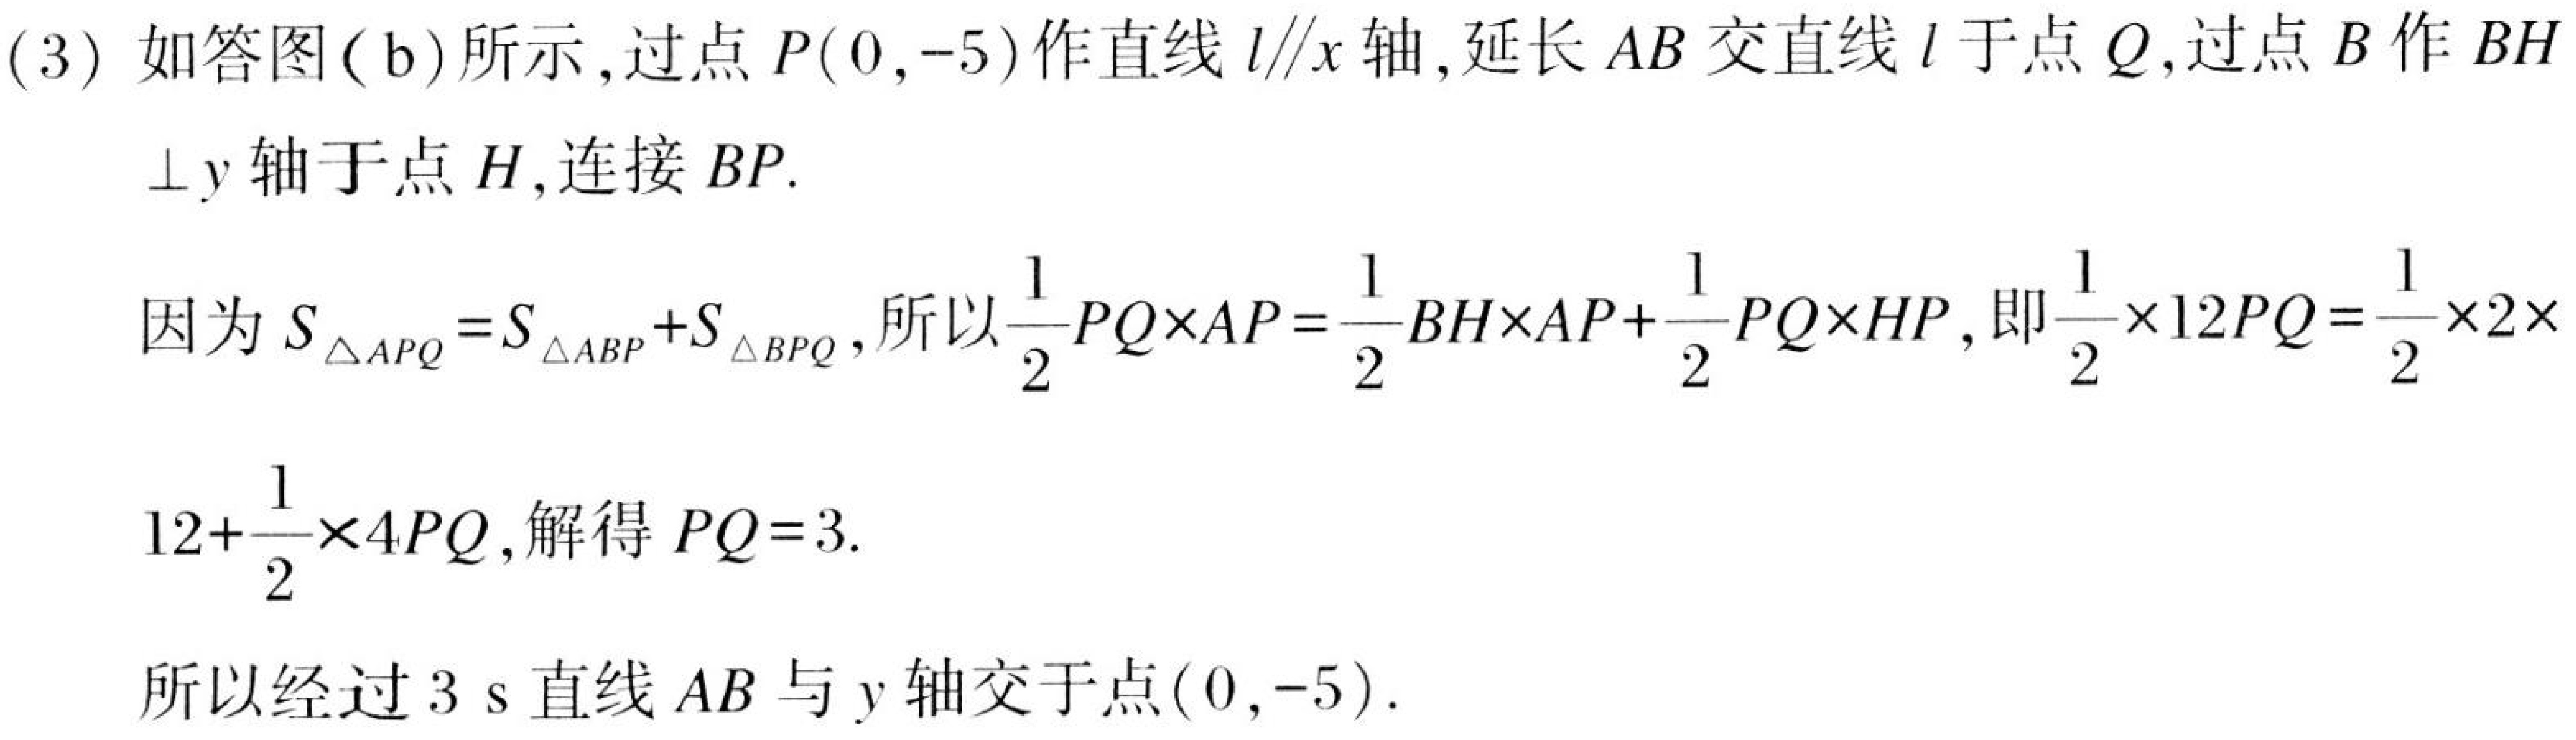
(3) 如答图(b)所示，过点 \(P(0,-5)\) 作直线 \(l\parallel x\) 轴，延长 \(AB\) 交直线 \(l\) 于点 \(Q\)，过点 \(B\) 作 \(BH\)
\(\perp y\) 轴于点 \(H\)，连接 \(BP\).

因为 \(S_{\triangle APQ}=S_{\triangle ABP}+S_{\triangle BPQ}\)，所以 \(\frac{1}{2}PQ\times AP=\frac{1}{2}BH\times AP+\frac{1}{2}PQ\times HP\)，即 \(\frac{1}{2}\times 12PQ=\frac{1}{2}\times 2\times\)
\(12+\frac{1}{2}\times 4PQ\)，解得 \(PQ = 3\).

所以经过 \(3\) s 直线 \(AB\) 与 \(y\) 轴交于点 \((0,-5)\).